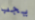
يجب